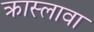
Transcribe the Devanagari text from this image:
क्रास्लावा